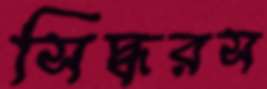
সিদ্ধরস